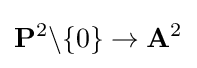
\mathbf {P} ^{2}\backslash \{0\}\to \mathbf {A} ^{2}